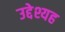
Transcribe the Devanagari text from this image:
उद्देश्यह